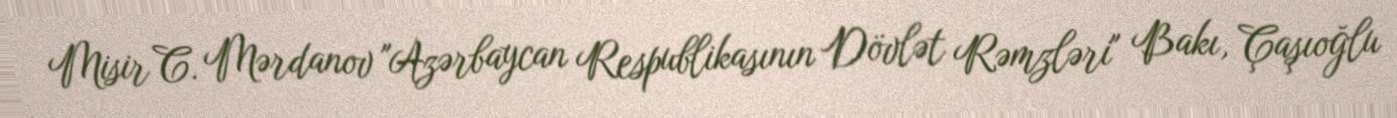
Misir C. Mərdanov "Azərbaycan Respublikasının Dövlət Rəmzləri" Bakı, Çaşıoğlu